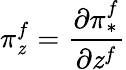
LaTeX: \pi_{\mathit{z}}^{f}={\frac{{\partial\pi_{*}^{f}}}{{\partial\mathit{z}^{f}}}}